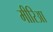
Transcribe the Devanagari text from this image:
मीरिआ